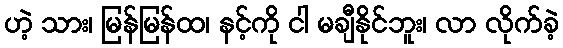
ဟဲ့ သား၊ မြန်မြန်ထ၊ နင့်ကို ငါ မချီနိုင်ဘူး၊ လာ လိုက်ခဲ့